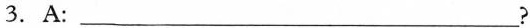
3. A: ___?